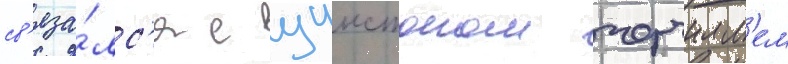
св'яза́лс'я с уинстоном черчилл'ем